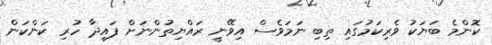
ކޮންމެ ބަޔަކު ވެރިކަމުގައި ތިބި ނަމަވެސް އިވޭނީ ރައްޔިތުންނަށް ފައިދާ ހުރި ކަންކަން